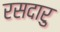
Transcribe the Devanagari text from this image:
रसदारु